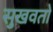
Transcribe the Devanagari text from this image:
सुखवतो